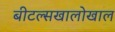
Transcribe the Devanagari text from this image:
बीटल्सखालोखाल